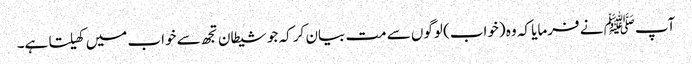
آپﷺ نے فرمایا کہ وہ (خواب) لوگوں سے مت بیان کر کہ جو شیطان تجھ سے خواب میں کھیلتا ہے۔